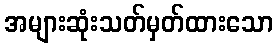
အများဆုံးသတ်မှတ်ထားသော